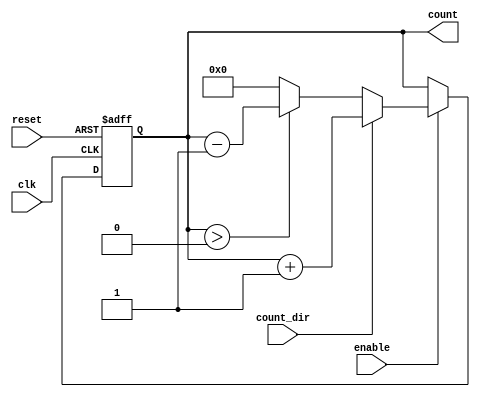
module binary_counter #(
    parameter N = 4  // Number of bits for the counter
)(
    input wire clk,       // Clock signal
    input wire reset,     // Asynchronous reset signal
    input wire enable,    // Enable signal
    input wire count_dir, // Count direction: 1 for up, 0 for down
    output reg [N-1:0] count // Current count value
);
    
    // Always block for sequential logic
    always @(posedge clk or posedge reset) begin
        if (reset) begin
            count <= 0; // Set count to zero on reset
        end else if (enable) begin
            if (count_dir) begin
                // Count up
                count <= count + 1;
            end else begin
                // Count down
                if (count > 0) begin
                    count <= count - 1;
                end else begin
                    count <= {N{1'b0}}; // Reset to 0 if counting down from 0
                end
            end
        end
    end
    
endmodule